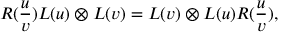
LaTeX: R ( \frac { u } { v } ) L ( u ) \otimes L ( v ) = L ( v ) \otimes L ( u ) R ( \frac { u } { v } ) ,